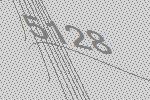
5128